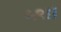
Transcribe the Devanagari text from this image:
५९।।